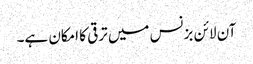
آن لائن بزنس میں ترقی کا امکان ہے۔